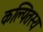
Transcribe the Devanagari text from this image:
कल्पितस्य